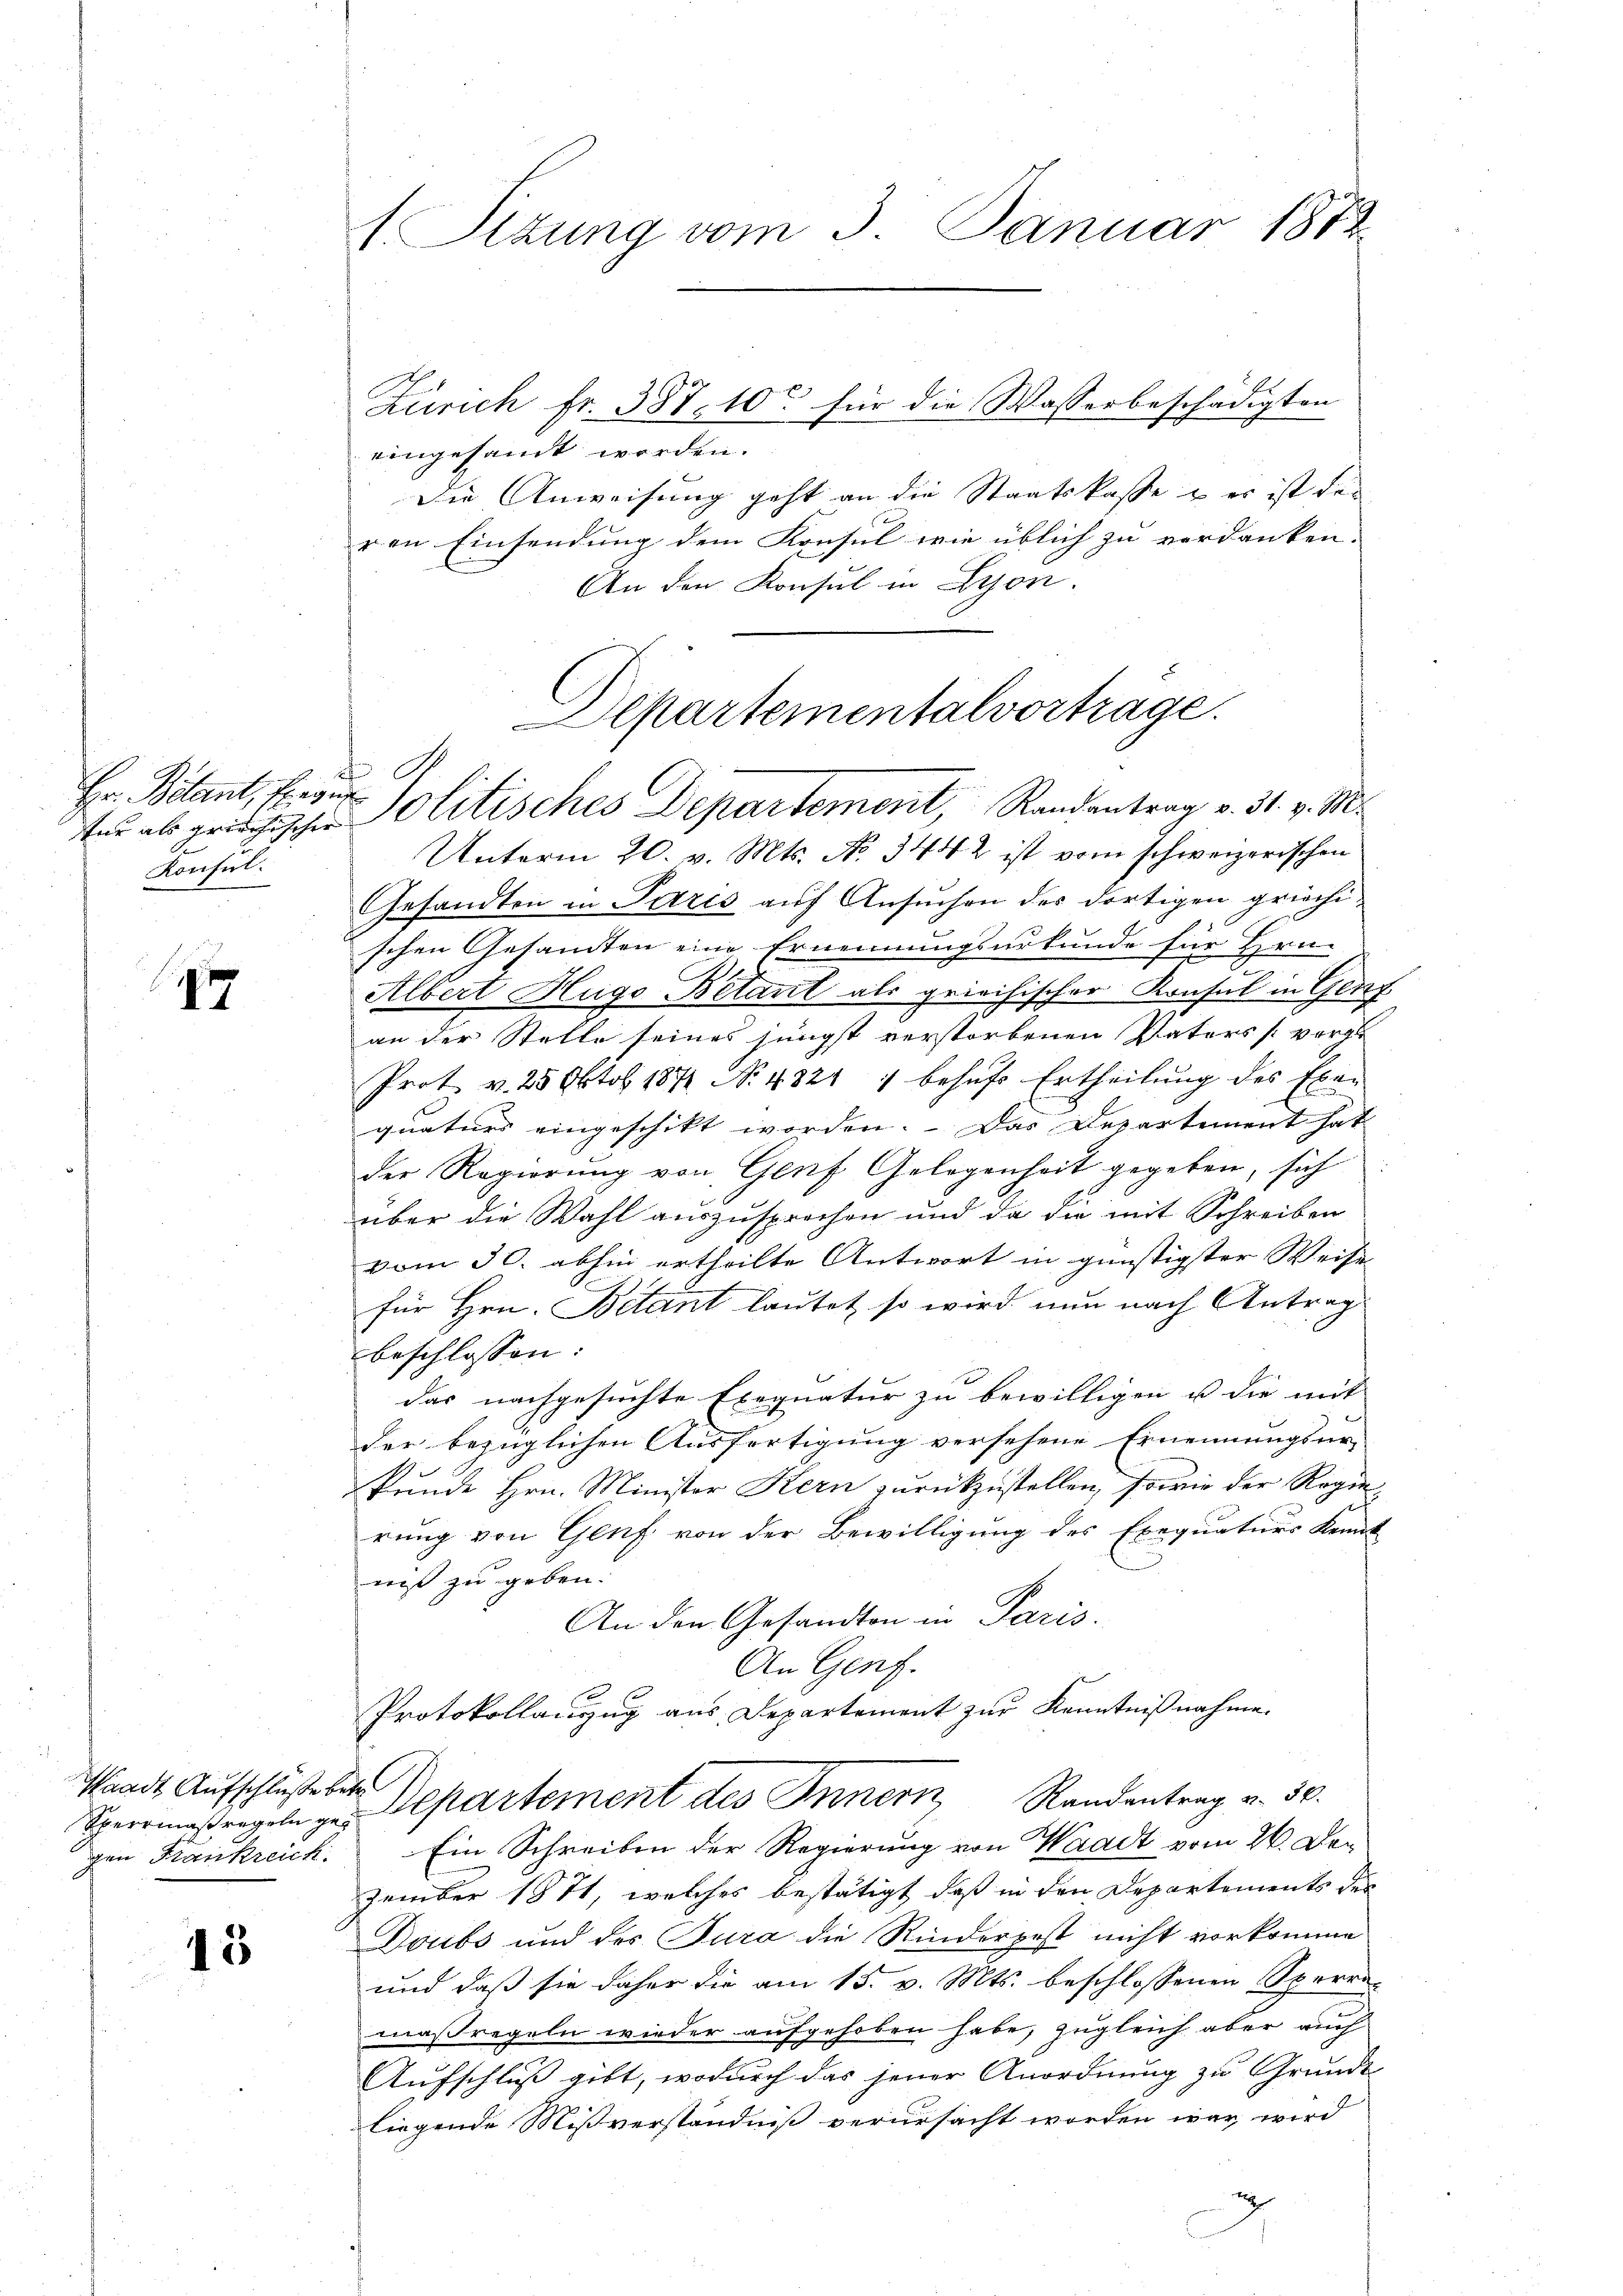
f
Hr. Botant, fregun
Konifel.

1

Waadt Aufschluße betre
gen Krankreich

15

f. Ottung vom 3. Januar 1872

eingesamt werden.
Die Anweisung geht an die Staatskasse & es ist des
ren Einsendung dem Konsul wie üblich zu verdanken.
An den Konsul in Lyon
tur als gerichischer Politisches Departement, Randantrag v. 31. v. M.
Unterm 20. v. Mts. No. 3442 ist vom schweizerischen
Gesandten in Paris auf Ansuchen des dortigen griechischen Gesamten eine Ernennungsurkunde für Hrn.
h
Albert Hugo Bétant als griechischer Konsul in Genf
an der Stelle seines jüngst verstorbenen Vaters vorzu
Prot v. 25 Oktob. 1871 No 4824 1 behufs Ertheilung des Exequaturs eingeschikt worden. Das Departement hat
der Regierung von Genf Gelegenheit gegeben, sich
über die Wahl auszusprechen und da die mit Schreiben
vom 30. abhin ertheilte Antwort in günstigster Weise
für Hrn. Betant lautet, so wird nun nach Antrag
beschlossen:
das nachgesuchte Exequatur zu bewilligen u die mit
der bezüglichen Ausfertigung versehene Ernennungsur-
kunde Hrn. Minister Kern zurückzustellen, sowie der Regie
rung von Genf von der Bewilligung des Exequaturs Kennt
niß zu geben.
An den Gesandten in Paris.
An Genf.
Protokollauszug aus Departement zur Kenntnißnahme.
Sperrmassregeln zu Departement des Innern Randentrag v. 30.
Ein Schreiben der Regierung von Waadt vom 26. Dezember 1871, welches bestätigt, daß in den Departements der
Doubs und des Jura die Rinderpost nicht vorkomme
und daß sie daher die am 15. v. Mts. beschlossenen Sperremaßregeln wieder aufgehoben habe, zugleich aber auch
Aufschluß gibt, wodurch das jener Anordnung zu Grunde
liegende Mißverständniß verursacht worden war, wird

Zürich fr. 387, 10 für die Wasserbeschädigten

epartementalvortrage.